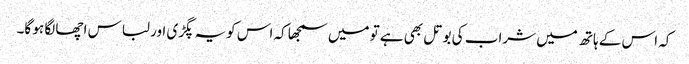
کہ اس کے ہاتھ میں شراب کی بوتل بھی ہے تو میں سمجھا کہ اس کویہ پگڑی اور لباس اچھا لگا ہو گا۔